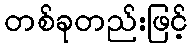
တစ်ခုတည်းဖြင့်